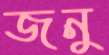
জনু